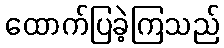
ထောက်ပြခဲ့ကြသည်